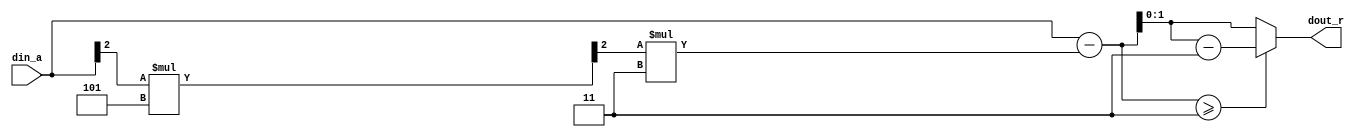

module GFE_barret(
    input wire [2:0] din_a,
    output wire [1:0] dout_r
);
      
    wire [2:0] mu_constant = 5;
    wire [2:0] q_val  = din_a >> 2;
    wire [2:0] q_hat  = q_val * mu_constant;
    wire [2:0] t_val  = q_hat >> 2;
    wire [2:0] mult   = t_val * 3;
    wire [2:0] result = din_a - mult;
      
    assign dout_r = result >= 3 ? result - 3 : result;

endmodule